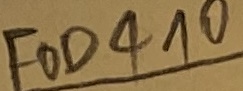
Text: FOD410